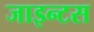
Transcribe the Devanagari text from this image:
जाइन्टस